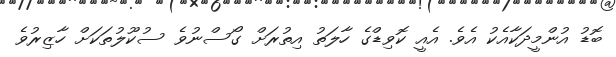
ބޮޑު އުންމީދަކާއެކު އެވެ. އެއީ ކޮވިޑްގެ ހާލަތު އިތުރަށް ގޯސްނުވެ ސުކޫލުތަކަށް ހާޒިރުވެ